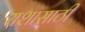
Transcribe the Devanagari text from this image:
यशासाठी